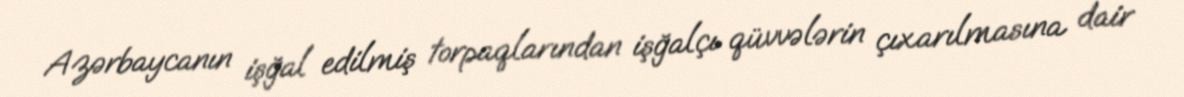
Azərbaycanın işğal edilmiş torpaqlarından işğalçı qüvvələrin çıxarılmasına dair